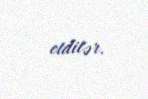
etdilər.